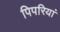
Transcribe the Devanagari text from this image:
पिपरियां